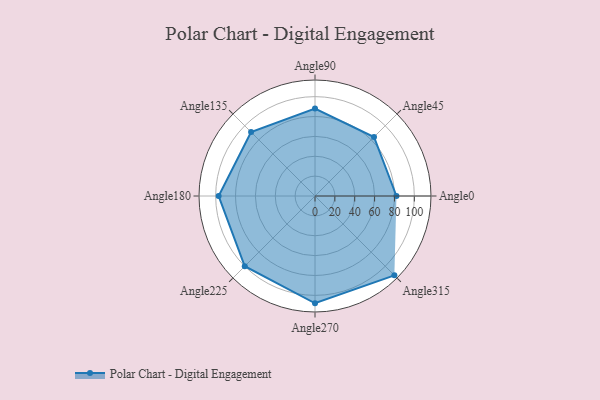
{"axis": {"x": "Angle", "y": "Radius"}, "legend": [""], "data": [{"x": "Angle0", "y": 82.0, "type": ""}, {"x": "Angle45", "y": 84.0, "type": ""}, {"x": "Angle90", "y": 88.0, "type": ""}, {"x": "Angle135", "y": 91.0, "type": ""}, {"x": "Angle180", "y": 97.0, "type": ""}, {"x": "Angle225", "y": 100.0, "type": ""}, {"x": "Angle270", "y": 108.0, "type": ""}, {"x": "Angle315", "y": 113.0, "type": ""}]}